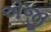
એજી